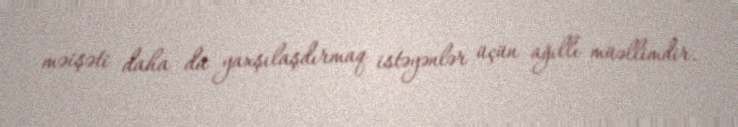
məişəti daha da yaxşılaşdırmaq istəyənlər üçün ağıllı müəllimdir.